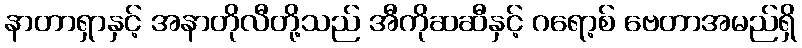
နာတာရှာနှင့် အနာတိုလီတို့သည် အီကိုဆဆီနှင့် ဂရော့စ် ဗေတာအမည်ရှိ